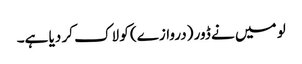
لو میں نے ڈور (دروازے) کو لاک کر دیا ہے۔